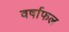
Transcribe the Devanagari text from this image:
वर्षाफल